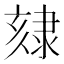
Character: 𨽷